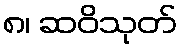
၈၊ ဆဝိသုတ်